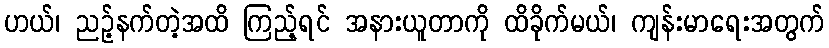
ဟယ်၊ ညဉ့်နက်တဲ့အထိ ကြည့်ရင် အနားယူတာကို ထိခိုက်မယ်၊ ကျန်းမာရေးအတွက်